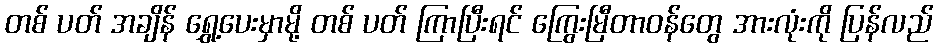
တစ် ပတ် အချိန် ရွှေ့ပေးမှာမို့ တစ် ပတ် ကြာပြီးရင် ကြွေးမြီတာဝန်တွေ အားလုံးကို ပြန်လည်